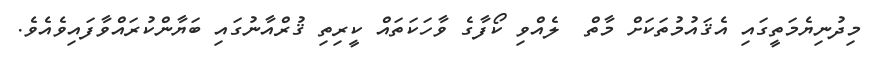
މިދުނިޔެމަތީގައި އެޤައުމުތަކަށް މާތް  ލެއްވި ކޯފާގެ ވާހަކަތައް ކީރިތި ޤުރްއާނުގައި ބަޔާންކުރައްވާފައިވެއެވެ.